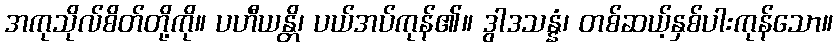
အကုသိုလ်စိတ်တို့ကို။ ပဟီယန္တိ၊ ပယ်အပ်ကုန်၏။ ဒွါဒသန္နံ၊ တစ်ဆယ့်နှစ်ပါးကုန်သော။